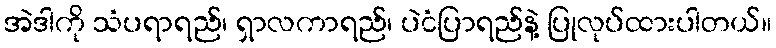
အဲဒါကို သံပရာရည်၊ ရှာလကာရည်၊ ပဲငံပြာရည်နဲ့ ပြုလုပ်ထားပါတယ်။